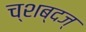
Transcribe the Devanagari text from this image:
च्शब्दज्